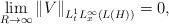
LaTeX: \begin{align*}\lim\limits_{R\rightarrow \infty }\left\Vert V\right\Vert_{L_{t}^{1}L_{x}^{\infty }\left( L\left( H\right) \right) }=0, \end{align*}